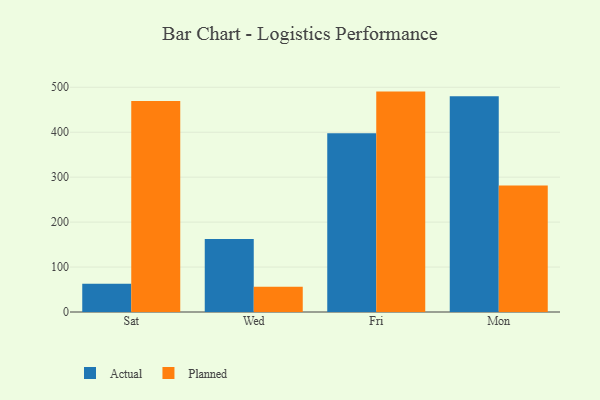
{"axis": {"x": "Day", "y": "Energy Usage (MWh)"}, "legend": ["Actual", "Planned"], "data": [{"x": "Sat", "y": 62.6, "type": "Actual"}, {"x": "Sat", "y": 469.3, "type": "Planned"}, {"x": "Wed", "y": 162.3, "type": "Actual"}, {"x": "Wed", "y": 56.4, "type": "Planned"}, {"x": "Fri", "y": 397.5, "type": "Actual"}, {"x": "Fri", "y": 490.4, "type": "Planned"}, {"x": "Mon", "y": 480.1, "type": "Actual"}, {"x": "Mon", "y": 281.6, "type": "Planned"}]}